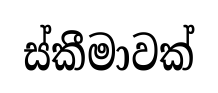
ස්කීමාවක්